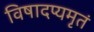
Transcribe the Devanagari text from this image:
विषादप्यमृतं